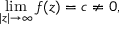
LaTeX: \operatorname* { l i m } _ { | z | \to \infty } f ( z ) = c \neq 0 ,